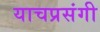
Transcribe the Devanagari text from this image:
याचप्रसंगी